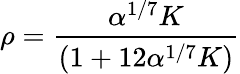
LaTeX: \rho=\frac{\alpha^{1/7}K}{(1+12\alpha^{1/7}K)}